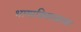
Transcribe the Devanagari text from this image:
भाषाविकासाच्या